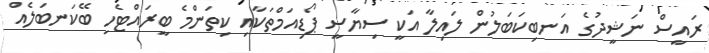
ރައީސް ނަޝީދުގެ އަނބިކަބަލުން ލައިލާ އަކީ ސިޔާސީ ޕޯޑިއަމްތަކާއި ކިތަންމެ ބީރައްޓެހި ބޭކަނބަލެއް